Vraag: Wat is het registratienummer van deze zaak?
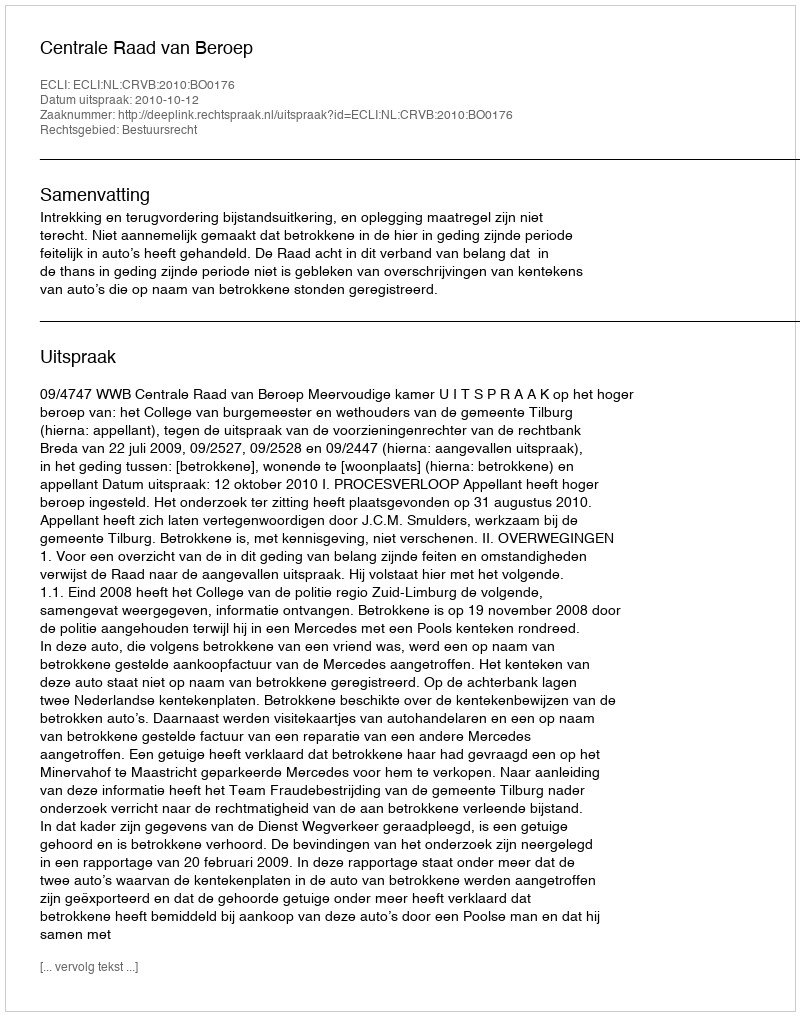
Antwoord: http://deeplink.rechtspraak.nl/uitspraak?id=ECLI:NL:CRVB:2010:BO0176